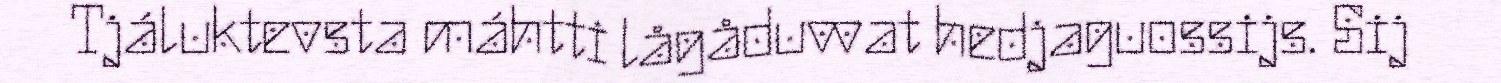
Tjáluktevsta máhtti lågåduvvat hedjaguossijs. Sij